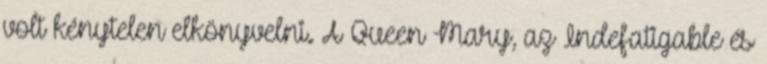
volt kénytelen elkönyvelni. A Queen Mary, az Indefatigable és